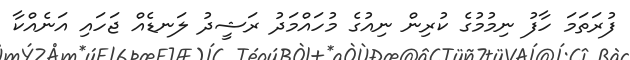
ފުރަތަމަ ހާފު ނިމުމުގެ ކުރިން ނިއުގެ މުހައްމަދު ރަޝީދު ލަނޑެއް ޖަހައި އަނެއްކާ